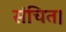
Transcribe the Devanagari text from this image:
संचित।